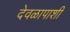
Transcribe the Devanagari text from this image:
देवळापाशी